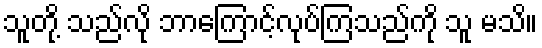
သူတို့ သည်လို ဘာကြောင့်လုပ်ကြသည်ကို သူ မသိ။